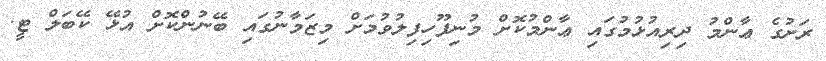
ރަށުގެ ޢާންމު ދިރިއުޅުމުގައި ޢާންމުކޮށް މުނިފޫހިފިލުވުމަށް މިޒަމާނުގައި ބޭނުންކޮށް އުޅޭ ކޭބަލް ޓީ.